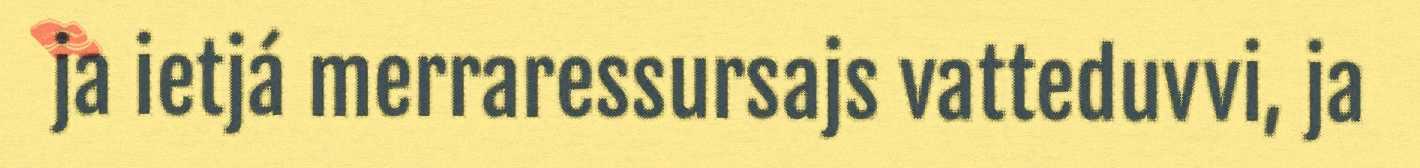
ja ietjá merraressursajs vatteduvvi, ja